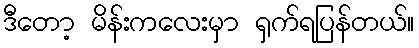
ဒီတော့ မိန်းကလေးမှာ ရှက်ရပြန်တယ်။